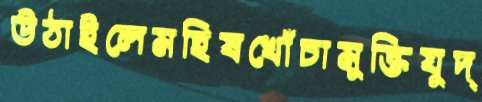
উঠাইলেমহিষখোঁচামুক্তিযুদ্